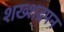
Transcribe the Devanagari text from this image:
शख्शद्रपन